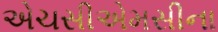
એચસીએમસીના